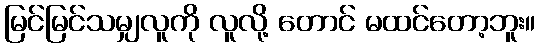
မြင်မြင်သမျှလူကို လူလို့ တောင် မထင်တော့ဘူး။